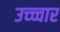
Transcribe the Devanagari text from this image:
उच्च्चार